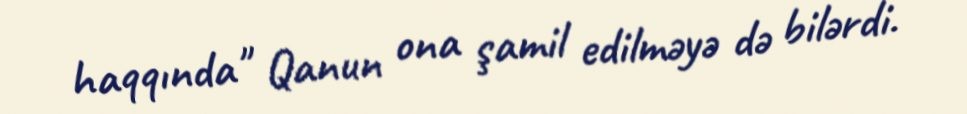
haqqında" Qanun ona şamil edilməyə də bilərdi.